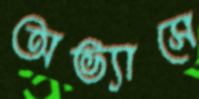
অভ্যাসে